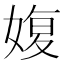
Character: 𡞪